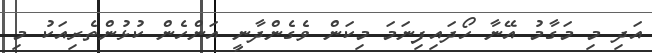
އަދި މި މަގާމު އޭނާ ހޯދައިފިނަމަ މިކަން ވެގެންދާނީ އަންހެން ކުޅުންތެރިއަކު މި